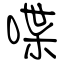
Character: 喋